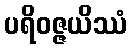
ပရိဝဇ္ဇယိဿံ